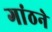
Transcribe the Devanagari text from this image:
गांठने